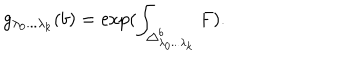
g _ { \lambda _ { 0 } . . . \lambda _ { k } } ( b ) = \exp ( \int _ { \triangle _ { \lambda _ { 0 } . . . \lambda _ { k } } ^ { b } } F ) .